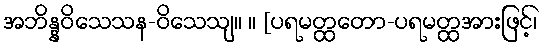
အဘိန္နဝိသေသန-ဝိသေသျ။ ။ [ပရမတ္ထတော-ပရမတ္ထအားဖြင့်၊